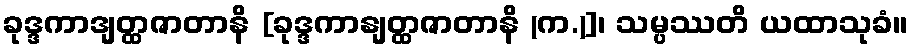
ခုဒ္ဒကာဒျတ္ထဇာတာနိ [ခုဒ္ဒကာနျတ္ထဇာတာနိ (က.)]၊ သမ္ပဿတိ ယထာသုခံ။